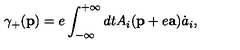
\gamma _ { + } ( { \bf p } ) = e \int _ { - \infty } ^ { + \infty } d t A _ { i } ( { \bf p } + e { \bf a } ) \dot { a } _ { i } ,